Indian journal of veterinary science and animal husbandry - Volume 12,
Year: 1942
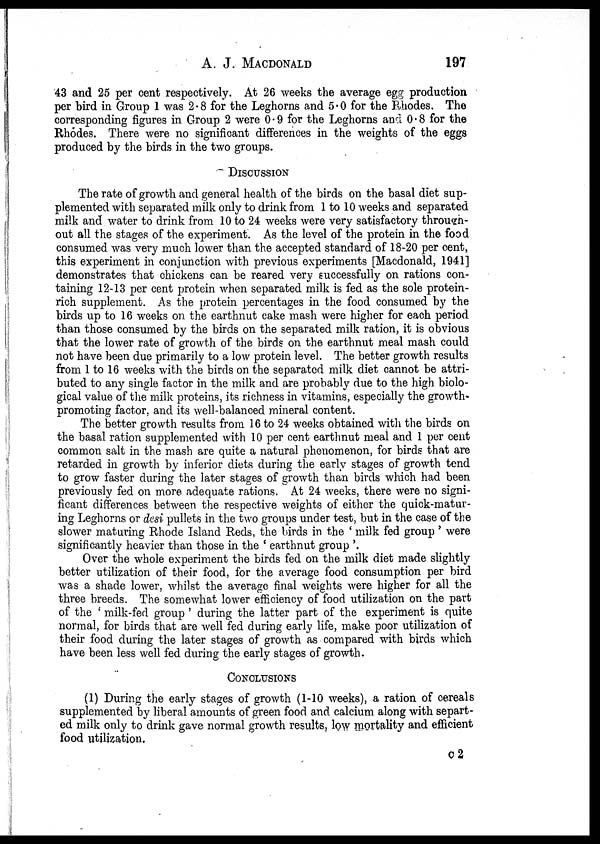
A. J. MACDONALD 197
43 and 25 per cent respectively. At 26 weeks the average egg production
per bird in Group 1 was 2.8 for the Leghorns and 5.0 for the Rhodes. The
corresponding figures in Group 2 were 0.9 for the Leghorns and 0.8 for the
Rhodes. There were no significant differences in the weights of the eggs
produced by the birds in the two groups.
DISCUSSION
The rate of growth and general health of the birds on the basal diet sup-
plemented with separated milk only to drink from 1 to 10 weeks and separated
milk and water to drink from 10 to 24 weeks were very satisfactory through-
out all the stages of the experiment. As the level of the protein in the food
consumed was very much lower than the accepted standard of 18-20 per cent,
this experiment in conjunction with previous experiments [Macdonald, 1941]
demonstrates that chickens can be reared very successfully on rations con-
taining 12-13 per cent protein when separated milk is fed as the sole protein-
rich supplement. As the protein percentages in the food consumed by the
birds up to 16 weeks on the earthnut cake mash were higher for each period
than those consumed by the birds on the separated milk ration, it is obvious
that the lower rate of growth of the birds on the earthnut meal mash could
not have been due primarily to a low protein level. The better growth results
from 1 to 16 weeks with the birds on the separated milk diet cannot be attri-
buted to any single factor in the milk and are probably due to the high biolo-
gical value of the milk proteins, its richness in vitamins, especially the growth-
promoting factor, and its well-balanced mineral content.
The better growth results from 16 to 24 weeks obtained with the birds on
the basal ration supplemented with 10 per cent earthnut meal and 1 per cent
common salt in the mash are quite a natural phenomenon, for birds that are
retarded in growth by inferior diets during the early stages of growth tend
to grow faster during the later stages of growth than birds which had been
previously fed on more adequate rations. At 24 weeks, there were no signi-
ficant differences between the respective weights of either the quick-matur-
ing Leghorns or desi pullets in the two groups under test, but in the case of the
slower maturing Rhode Island Reds, the birds in the ' milk fed group' were
significantly heavier than those in the ' earthnut group '.
Over the whole experiment the birds fed on the milk diet made slightly
better utilization of their food, for the average food consumption per bird
was a shade lower, whilst the average final weights were higher for all the
three breeds. The somewhat lower efficiency of food utilization on the part
of the ' milk-fed group ' during the latter part of the experiment is quite
normal, for birds that are well fed during early life, make poor utilization of
their food during the later stages of growth as compared with birds which
have been less well fed during the early stages of growth.
CONCLUSIONS
(1) During the early stages of growth (1-10 weeks), a ration of cereals
supplemented by liberal amounts of green food and calcium along with separt-
ed milk only to drink gave normal growth results, low mortality and efficient
food utilization.
C 2